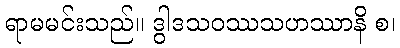
ရာမမင်းသည်။ ဒွါဒသဝဿသဟဿာနိ စ၊